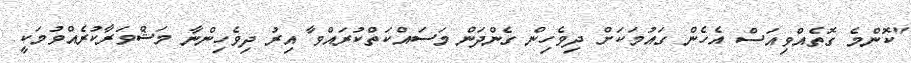
"ކޮންމެ ގޮތެއްވިއަސް އެހެން ގައުމަކަށް ދިވެހިން ގެންދަން މަސައްކަތްކުރައްވާ އިރު ދިވެހިންނާ މަޝްވަރާކުރެއްވުމަކީ